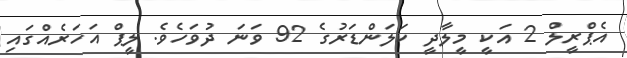
އެޕްރީލް 2 އަކީ މީލާދީ ކަލަންޑަރުގެ 92 ވަނަ ދުވަހެވެ. ލީޕް އަހަރެއްގައި